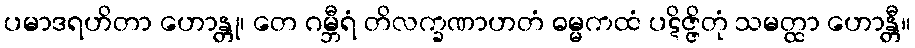
ပမာဒရဟိတာ ဟောန္တု၊ တေ ဂမ္ဘီရံ တိလက္ခဏာဟတံ ဓမ္မကထံ ပဋိဇ္ဇိတုံ သမတ္ထာ ဟောန္တီ။